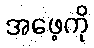
အဖေ့ကို